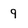
Character: 9